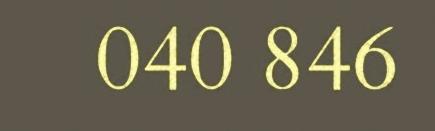
040 846